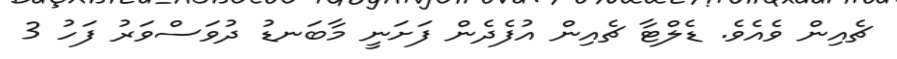
ޗެއިން ވެއެވެ. ޑެލްޓާ ޗެއިން އުފެދެން ފަށަނީ މާބަނޑު ދުވަސްވަރު ފަހު 3